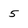
Character: 5